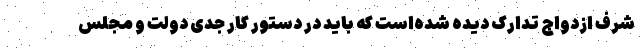
شرف ازدواج تدارک دیده شده‌است که باید در دستور کار جدی دولت و مجلس